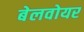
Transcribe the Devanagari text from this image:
बेलवोयर